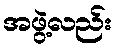
အဖွဲ့လည်း